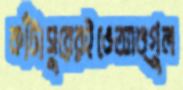
কাঁটাসুরেরইভেআঙ্গুল